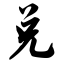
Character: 兑